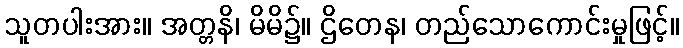
သူတပါးအား။ အတ္တနိ၊ မိမိ၌။ ဌိတေန၊ တည်သောကောင်းမှုဖြင့်။